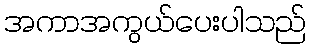
အကာအကွယ်ပေးပါသည်